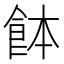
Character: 䬱